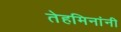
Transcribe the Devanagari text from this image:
तेहमिनांनी